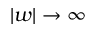
| w | \to \infty